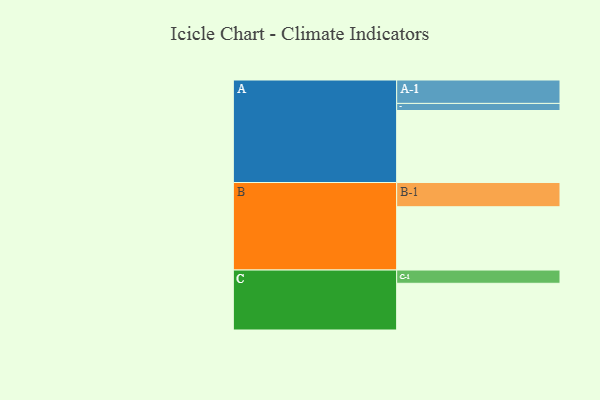
{"axis": {"x": "Segment", "y": "Value"}, "legend": ["", "A", "B", "C"], "data": [{"x": "A", "y": 538, "type": ""}, {"x": "B", "y": 473, "type": ""}, {"x": "C", "y": 349, "type": ""}, {"x": "A-1", "y": 175, "type": "A"}, {"x": "A-2", "y": 53, "type": "A"}, {"x": "B-1", "y": 181, "type": "B"}, {"x": "C-1", "y": 99, "type": "C"}]}